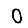
Digit: 0